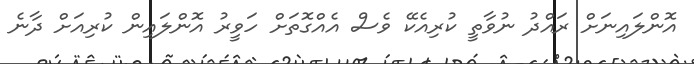
އޮންލައިނަށް ރައްދު ނުވާތީ ކުރިއެކޭ ވެސް އެއްގޮތަށް ހަވީރު އޮންލައިން ކުރިއަށް ދާނެ